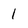
Character: 1